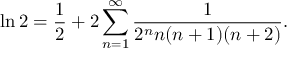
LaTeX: \ln 2 = { \frac { 1 } { 2 } } + 2 \sum _ { n = 1 } ^ { \infty } { \frac { 1 } { 2 ^ { n } n ( n + 1 ) ( n + 2 ) } } .